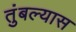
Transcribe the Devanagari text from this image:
तुंबल्यास